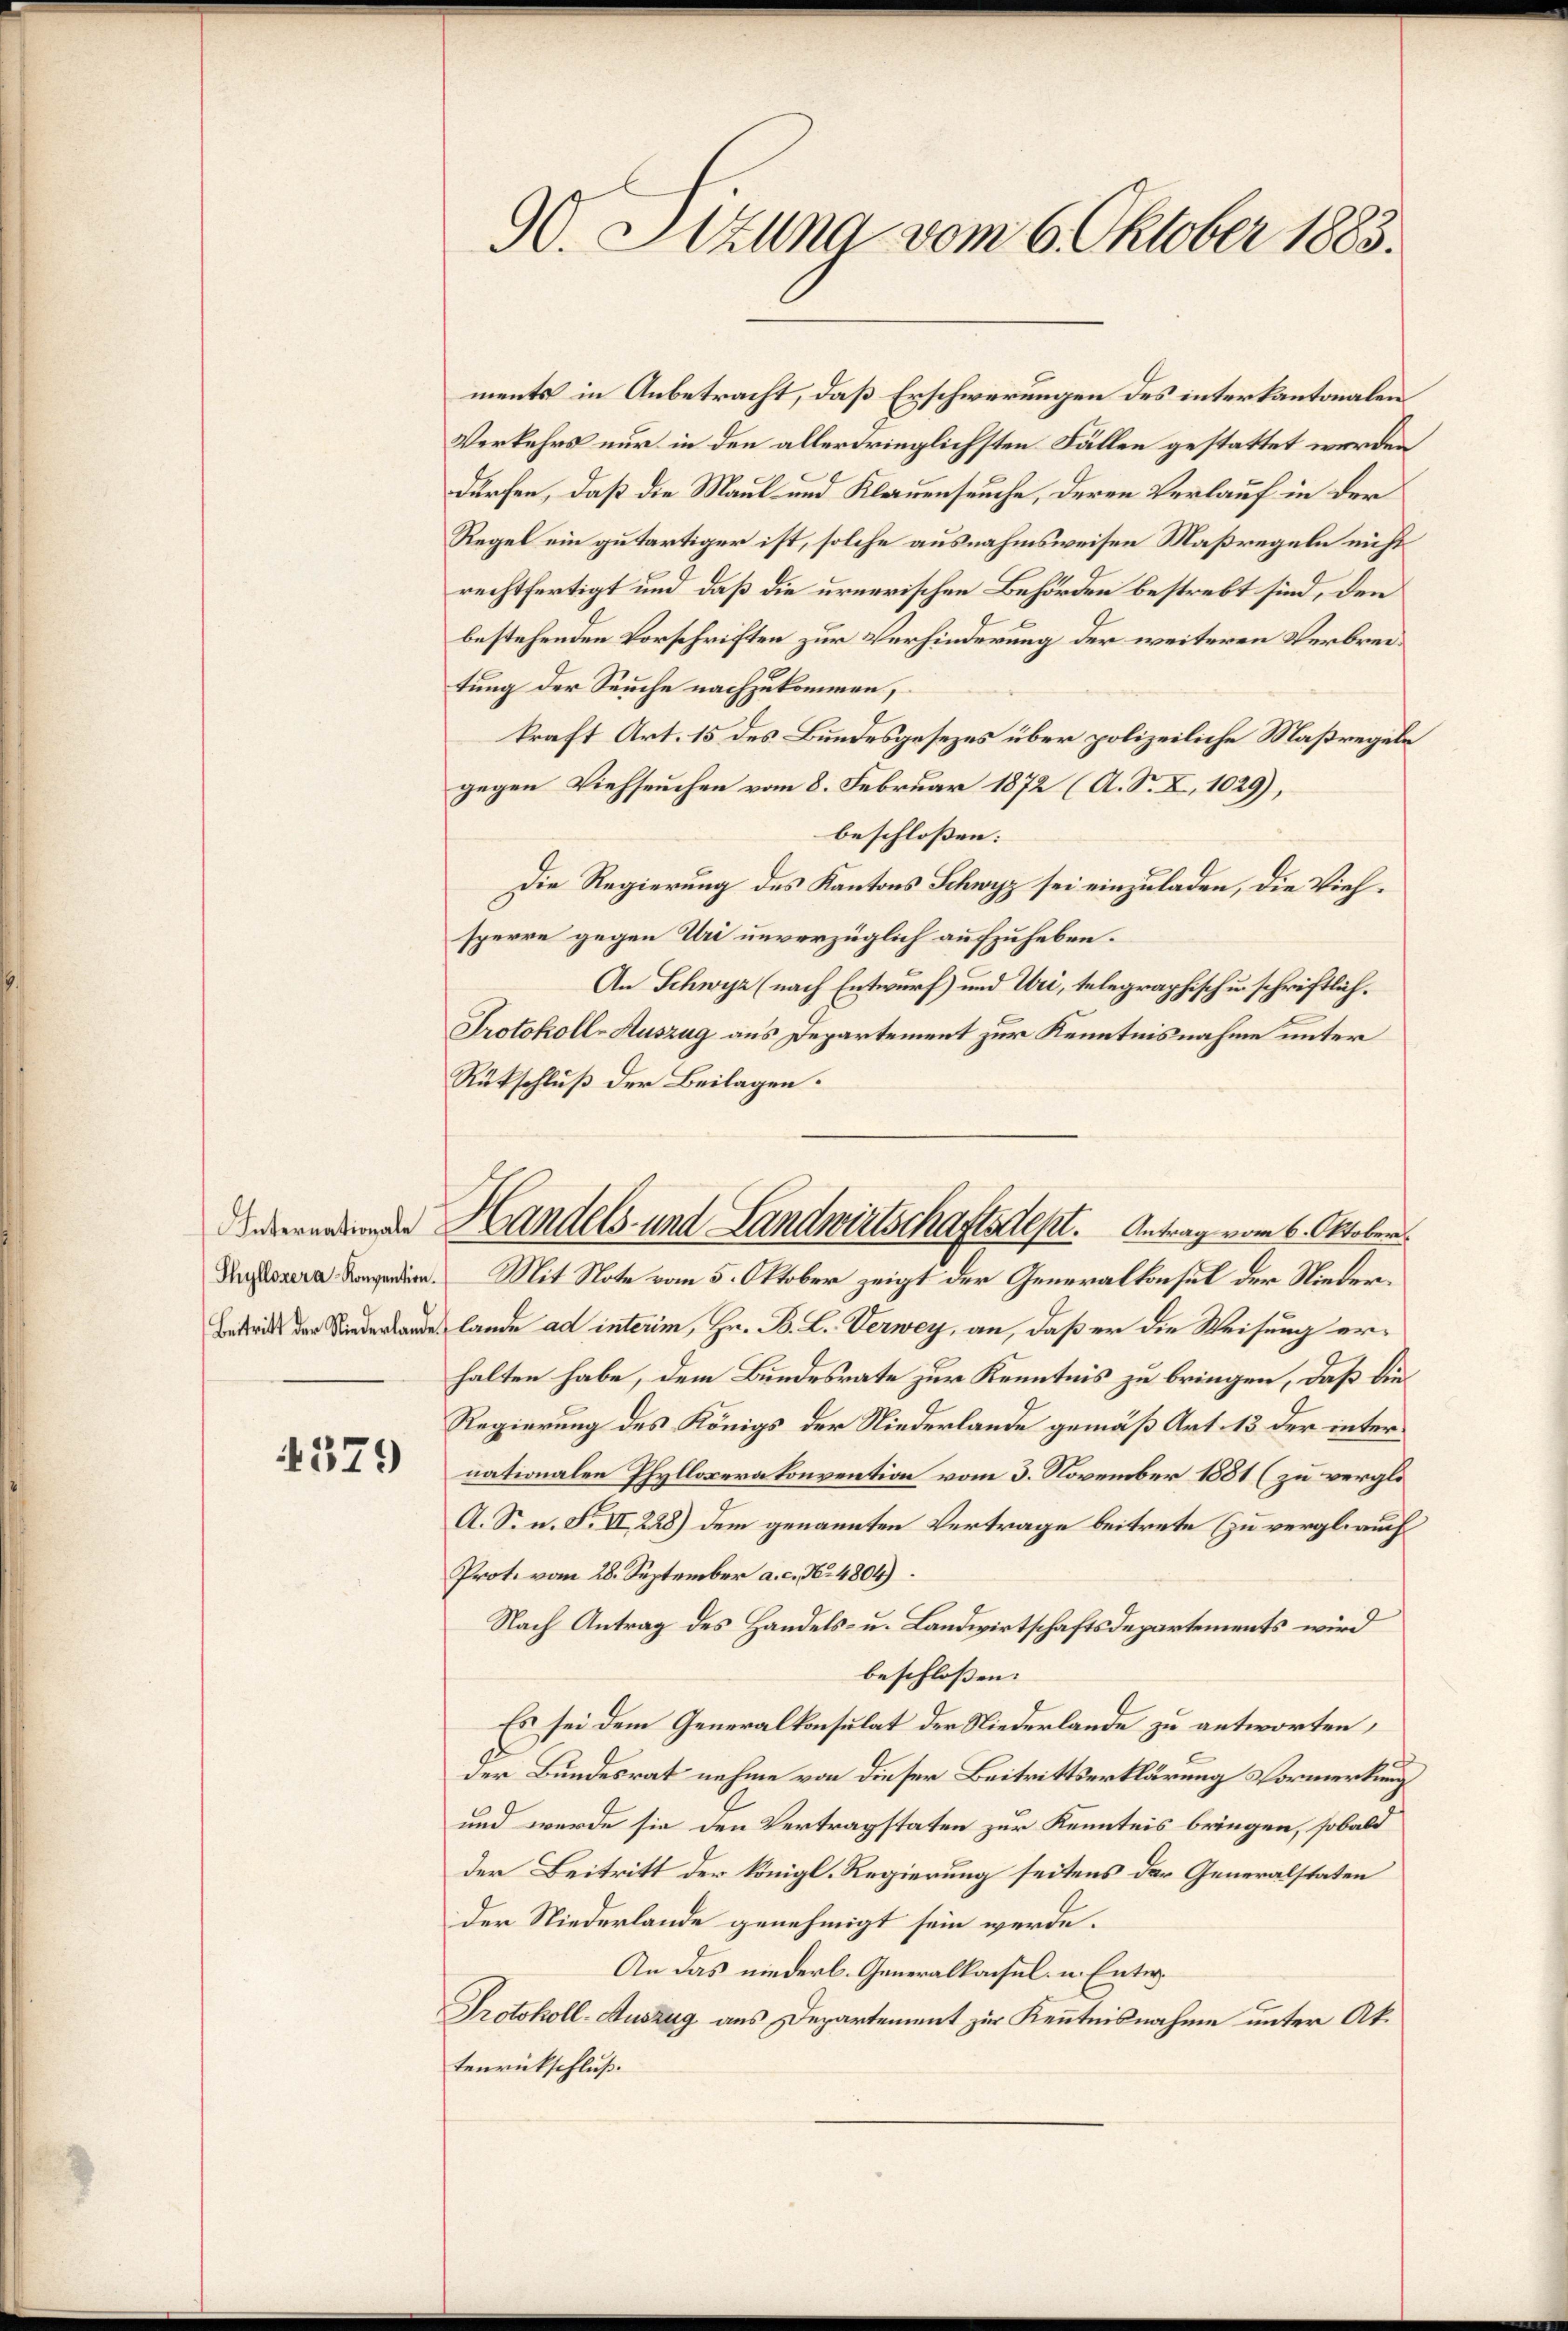
Thyllozera-Konvention.

4379

90. Stzung vom 6. Oktober 1883.

ments in Anbetracht, daß Erschwerungen des interkantonalen
Verkehrs nur in den allerdringlichsten Fällen gestattet werden
dürfen, daß die Maul- und Klauenseuche, deren Verlauf in der
Regel ein gutertiger ist, solche ausnahmsweisen Maßregeln nicht
rechtfertigt und daß die urnerischen Behörden bestrebt sind, den
bestehenden Vorschriften zur Verhinderung der weiteren Verbreitung der Seuche nachzukommen,
kraft Art. 15 des Bundesgesezes über polizeiliche Maßregeln
gegen Viehseuchen vom 8. Februar 1872 (A. S. X. 1029),
beschlossen:
Die Regierung des Kantons Schwyz sei einzuladen, die Viehsperre gegen Uri unverzüglich aufzuheben.
An Schwyz (nach Entwurf) und Uri, telegraphischen schriftlich.
Protokoll-Auszug aus Departement zur Kenntnisnahme unter
Rückschluß der Beilagen.
Mit Note vom 5. Oktober zeigt der Generalkonsul der Nieder¬
Bestritt der Niederbanden lande ad interim, Hr. B. L. Verwey, an, daß er die Weisung erhalten habe, dem Bundesrate zur Kenntnis zu bringen, daß die
Regierung des Königs der Niederlande gemäß Art. 13 der internationalen Phyllocerakonvention vom 3. November 1881 (zu vergli¬
A. S. n. F. II 228) Dem genannten Vertrage beitrete (zu verglauch
Prot. vom 28. September a. c. No. 4804).
Nach Antrag des Handels- u. Landwirtschaftsdepartements wird
beschlossen:
Es sei dem Generalkonsulat der Niederlande zu antworten,
der Bundesrat nehme von dieser Beitrittserklärung Vormerkung
und wurde sie den Vertragstaten zur Kenntnis bringen, sobald
der Beitritt der königl. Regierung seitens der Generalstaten
der Niederlande genehmigt sein werde.
An das niederl. Generalkonsul- u. Entw.
Protokoll-Auszug aus Departement zur Kenntnisnahme unter Aktenrückschluß.

Handels- und Landwirtschaftsdept. Antrag vom 6. Oktober.